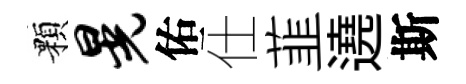
顆晃佑仕韮遶斯